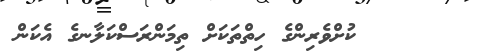
١٢      ކުށްވެރިންގެ ހިތްތަކަށް ތިމަންރަސްކަލާނގެ އެކަން